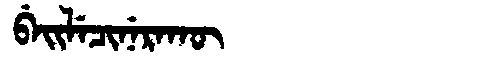
Manchu: ᠪᡝᡳᠯᡝᠴᡳᠨᡝᡵᠠᡴᡡ
Romanization: BEILECINERAKŪ